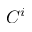
C ^ { i }